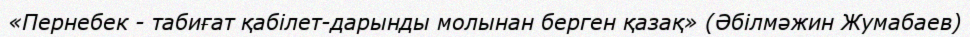
«Пернебек - табиғат қабілет-дарынды молынан берген қазақ» (Әбілмәжин Жумабаев)